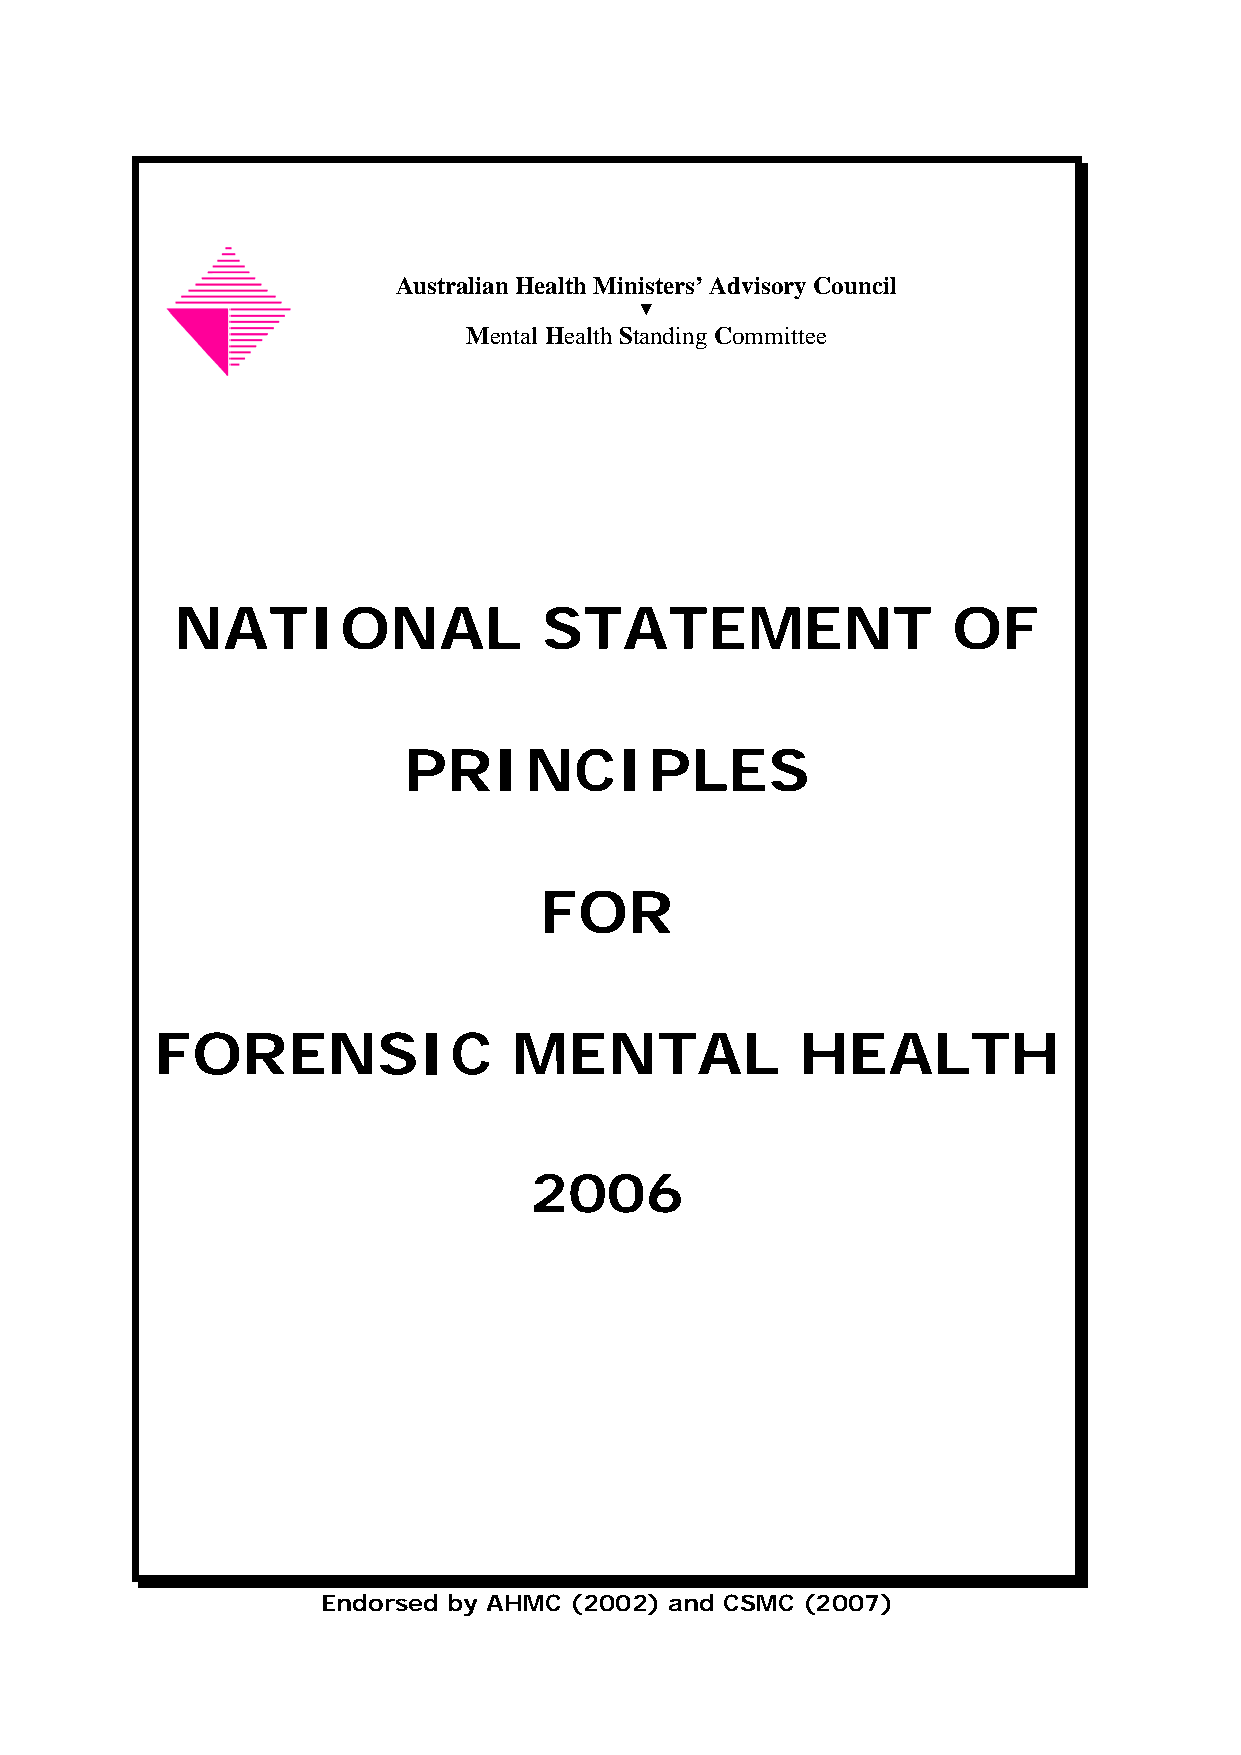
Australian Health Ministers’ Advisory Council
 ▼
 Mental Health Standing Committee
 NATIONAL                STATEMENT                  OF
 PRINCIPLES
 FOR
 FORENSIC                MENTAL             HEALTH
 2006
 Endorsed by AHMC (2002) and CSMC (2007)